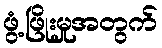
ဖွံ့ဖြိုးမှုအတွက်